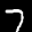
Label: 7